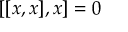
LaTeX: [ [ x , x ] , x ] = 0